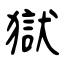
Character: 獄